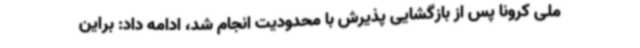
ملی کرونا پس از بازگشایی پذیرش با محدودیت انجام شد، ادامه داد: براین